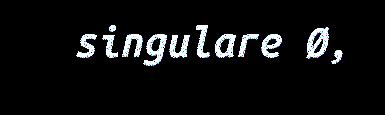
singulare Ø,